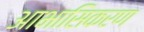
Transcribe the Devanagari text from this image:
आभासिकरण